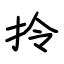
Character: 拎